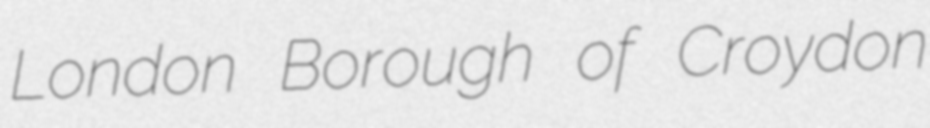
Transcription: London Borough of Croydon